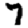
Digit: 7